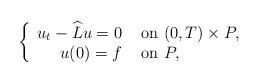
LaTeX: \begin{align*}\begin{aligned}\left\{\begin{array}{rl}u_t-\widehat Lu=0 & \hbox{ on } (0,T)\times P,\\ u(0) = f& \hbox{ on } P, \end{array} \right.\end{aligned}\end{align*}